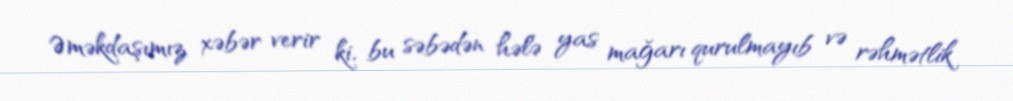
Əməkdaşımız xəbər verir ki, bu səbədən hələ yas mağarı qurulmayıb və rəhmətlik